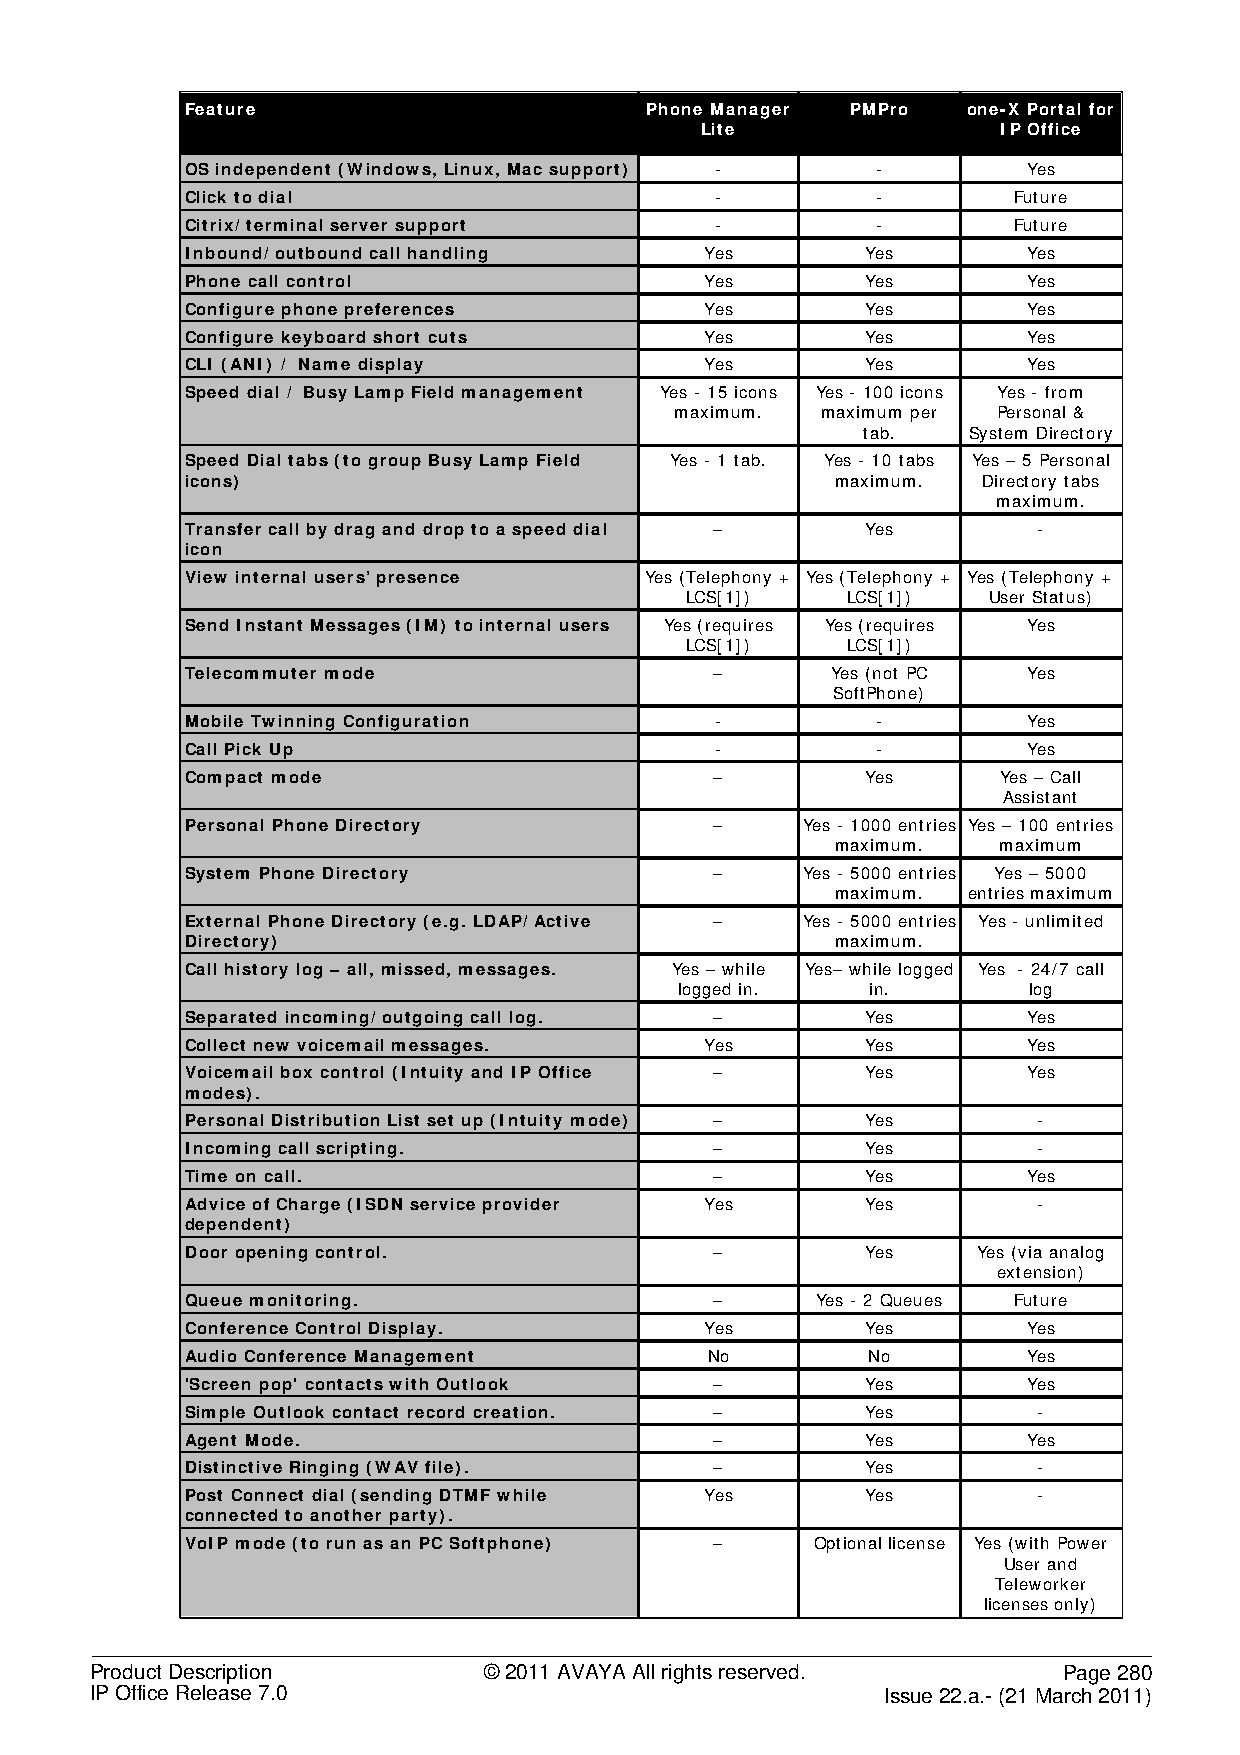
Feature                        Phone Manager PMPro  one-X Portal for
 Lite                IP Office
 OS independent (Windows, Linux, Mac support) - -        Yes
 Click to dial                      -          -        Future
 Citrix/ terminal server support    -          -        Future
 Inbound/ outbound call handling    Yes       Yes        Yes
 Phone call control                 Yes       Yes        Yes
 Configure phone preferences        Yes       Yes        Yes
 Configure keyboard short cuts      Yes       Yes        Yes
 CLI (ANI) / Name display           Yes       Yes        Yes
 Speed dial / Busy Lamp Field management Yes - 15 icons Yes - 100 icons Yes - from
 maximum. maximum per Personal &
 tab.   System Directory
 Speed Dial tabs (to group Busy Lamp Field Yes - 1 tab. Yes - 10 tabs Yes – 5 Personal
 icons)                                     maximum.  Directory tabs
 maximum.
 Transfer call by drag and drop to a speed dial – Yes     -
 icon
 View internal users’ presence  Yes (Telephony + Yes (Telephony + Yes (Telephony +
 LCS[1])    LCS[1])  User Status)
 Send Instant Messages (IM) to internal users Yes (requires Yes (requires Yes
 LCS[1])    LCS[1])
 Telecommuter mode                  –       Yes (not PC  Yes
 SoftPhone)
 Mobile Twinning Configuration      -          -         Yes
 Call Pick Up                       -          -         Yes
 Compact mode                       –         Yes      Yes – Call
 Assistant
 Personal Phone Directory           –     Yes - 1000 entries Yes – 100 entries
 maximum.   maximum
 System Phone Directory             –     Yes - 5000 entries Yes – 5000
 maximum. entries maximum
 External Phone Directory (e.g. LDAP/ Active – Yes - 5000 entries Yes - unlimited
 Directory)                                 maximum.
 Call history log – all, missed, messages. Yes – while Yes– while logged Yes - 24/7 call
 logged in.   in.       log
 Separated incoming/ outgoing call log. –     Yes        Yes
 Collect new voicemail messages.    Yes       Yes        Yes
 Voicemail box control (Intuity and IP Office – Yes      Yes
 modes).
 Personal Distribution List set up (Intuity mode) – Yes   -
 Incoming call scripting.           –         Yes         -
 Time on call.                      –         Yes        Yes
 Advice of Charge (ISDN service provider Yes  Yes         -
 dependent)
 Door opening control.              –         Yes     Yes (via analog
 extension)
 Queue monitoring.                  –      Yes - 2 Queues Future
 Conference Control Display.        Yes       Yes        Yes
 Audio Conference Management        No        No         Yes
 'Screen pop' contacts with Outlook –         Yes        Yes
 Simple Outlook contact record creation. –    Yes         -
 Agent Mode.                        –         Yes        Yes
 Distinctive Ringing (WAV file).    –         Yes         -
 Post Connect dial (sending DTMF while Yes    Yes         -
 connected to another party).
 VoIP mode (to run as an PC Softphone) –   Optional license Yes (with Power
 User and
 Teleworker
 licenses only)
 Product Description       © 2011 AVAYA All rights reserved.     Page 280
 IP Office Release 7.0                                Issue 22.a.- (21 March 2011)